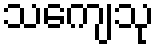
သကျေသု